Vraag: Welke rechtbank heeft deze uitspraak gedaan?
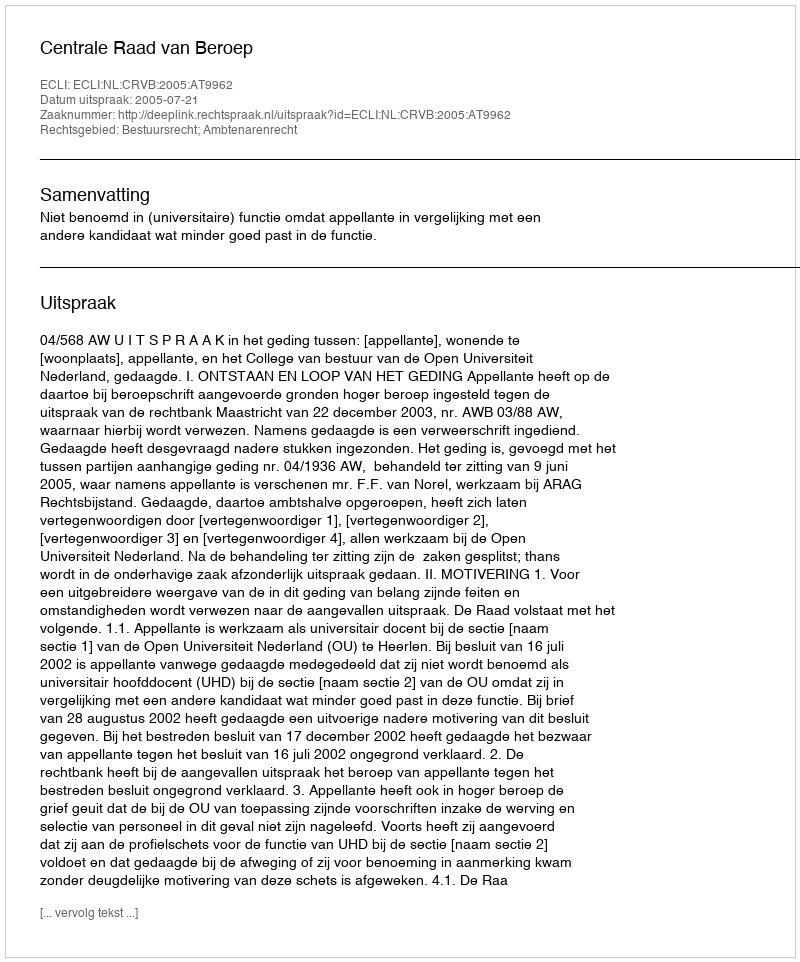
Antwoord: Centrale Raad van Beroep